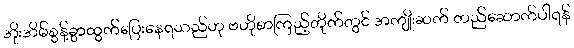
အိုးအိမ်စွန့်ခွာထွက်ပြေးနေရသည်ဟု ဗဟိုစာကြည့်တိုက်တွင် အကျိုးဆက် တည်ဆောက်ပါရန်